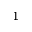
^ { 1 }